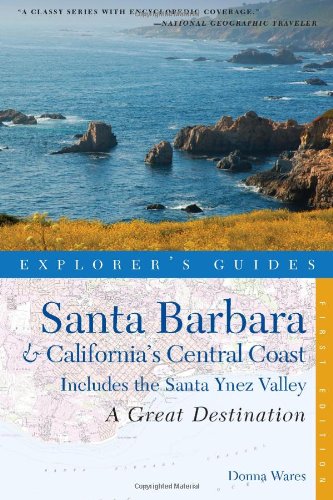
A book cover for Explorer's Guide Santa Barbara & California's Central Coast: A Great Destination: Includes the Santa Ynez Valley (Explorer's Great Destinations); Donna Wares; Travel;